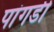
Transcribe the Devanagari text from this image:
पांगडी